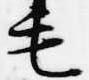
毛